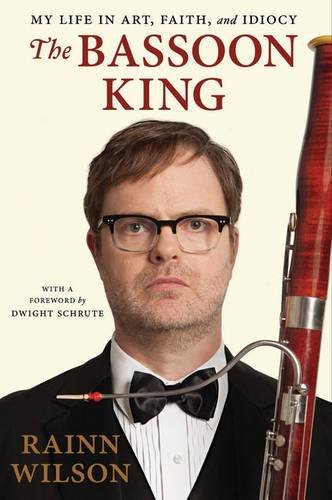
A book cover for The Bassoon King: My Life in Art, Faith, and Idiocy; Rainn Wilson; Humor & Entertainment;